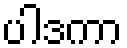
ပါဒကာ